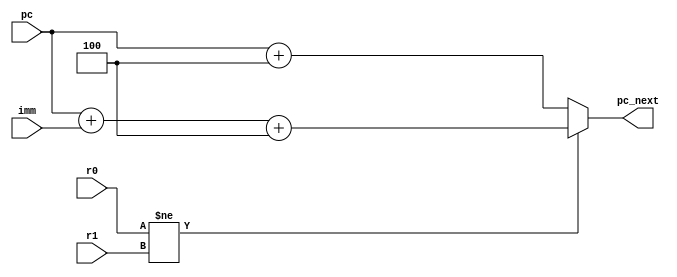
module bne(r0, r1, imm, pc, pc_next);
input[31:0] r0, r1, imm;
input[31:0] pc;

output[31:0] pc_next;

assign pc_next = (r0 != r1) ? pc + imm + 4 : pc + 4;

endmodule